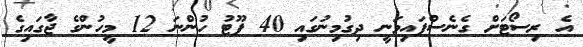
އެ ރިސޯޓަށް ގެނެސްފައިވަނީ ދިގުމިނުގައި 40 ފޫޓު ހުންނަ 12 މީހުންގެ ޖާގައިގެ